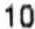
10